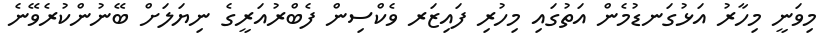
މިވަނީ މިހާރު އަޅުގަނޑުމެން އަތުގައި މިހުރި ފައިޒަރ ވެކްސިން ފެބްރުއަރީގެ ނިޔަލަށް ބޭނުންކުރެވޭނެ